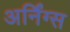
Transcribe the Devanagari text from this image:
अर्निंग्स